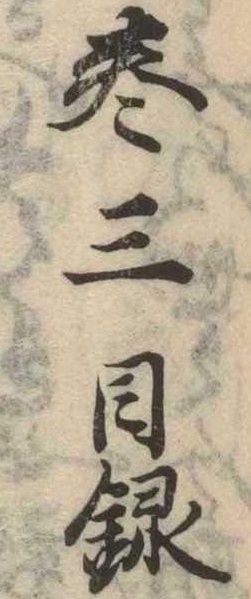
巻三目録